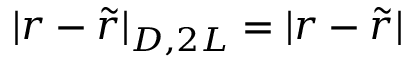
| r - \tilde { r } | _ { D , 2 L } = | r - \tilde { r } |